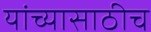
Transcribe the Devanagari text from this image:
यांच्यासाठीच